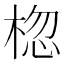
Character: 𪲨